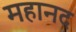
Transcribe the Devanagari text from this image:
महानद